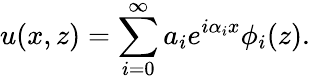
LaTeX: u(x,z)=\sum_{i=0}^{\infty}a_{i}e^{i\alpha_{i}x}\phi_{i}(z).